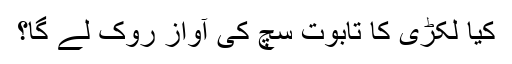
کیا لکڑی کا تابوت سچ کی آواز روک لے گا؟